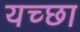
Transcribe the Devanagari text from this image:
यच्छा